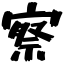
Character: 察